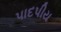
પાદપીય